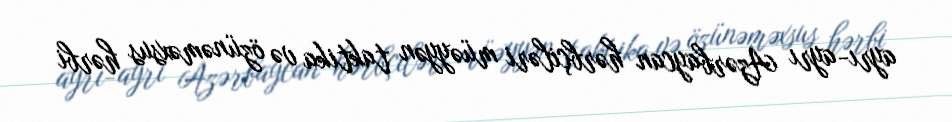
ayrı-ayrı Azərbaycan hərbçiləri müəyyən taktika və özünəməxsus hərbi